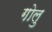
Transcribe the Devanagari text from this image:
गोलु